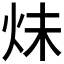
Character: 𪸙